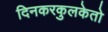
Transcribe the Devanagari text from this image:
दिनकरकुलकेतो